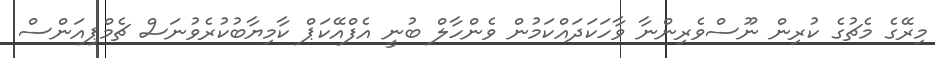
މިރޭގެ މެޗުގެ ކުރިން ނޫސްވެރިންނާ ވާހަކަދައްކަމުން ވެންހާލް ބުނީ އެފްއޭކަޕް ކާމިޔާބުކުރެވުނަސް ޗެމްޕިއަންސް